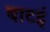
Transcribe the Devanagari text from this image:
बाटइं